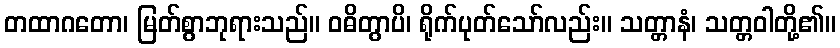
တထာဂတော၊ မြတ်စွာဘုရားသည်။ ဝဓိတွာပိ၊ ရိုက်ပုတ်သော်လည်း။ သတ္တာနံ၊ သတ္တဝါတို့၏။